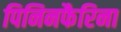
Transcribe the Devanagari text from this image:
पिनिनफैरिना